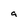
Character: a